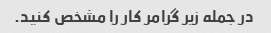
در جمله زیر گرامر کار را مشخص کنید.